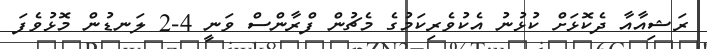
ރަޝިއާއާ ދެކޮޅަށް ކުޅުނު އެކުވެރިކަމުގެ މެޗުން ފްރާންސް ވަނީ 4-2 ލަނޑުން މޮޅުވެފަ